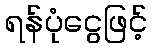
ရန်ပုံငွေဖြင့်